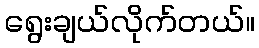
ရွေးချယ်လိုက်တယ်။